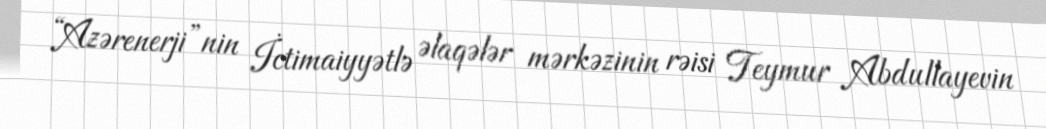
“Azərenerji”nin İctimaiyyətlə əlaqələr mərkəzinin rəisi Teymur Abdullayevin